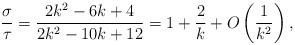
LaTeX: \begin{align*}\frac{\sigma}{\tau}=\frac{2k^2-6k+4}{2k^2-10k+12}=1+\frac{2}{k}+O\left( \frac{1}{k^2}\right),\end{align*}